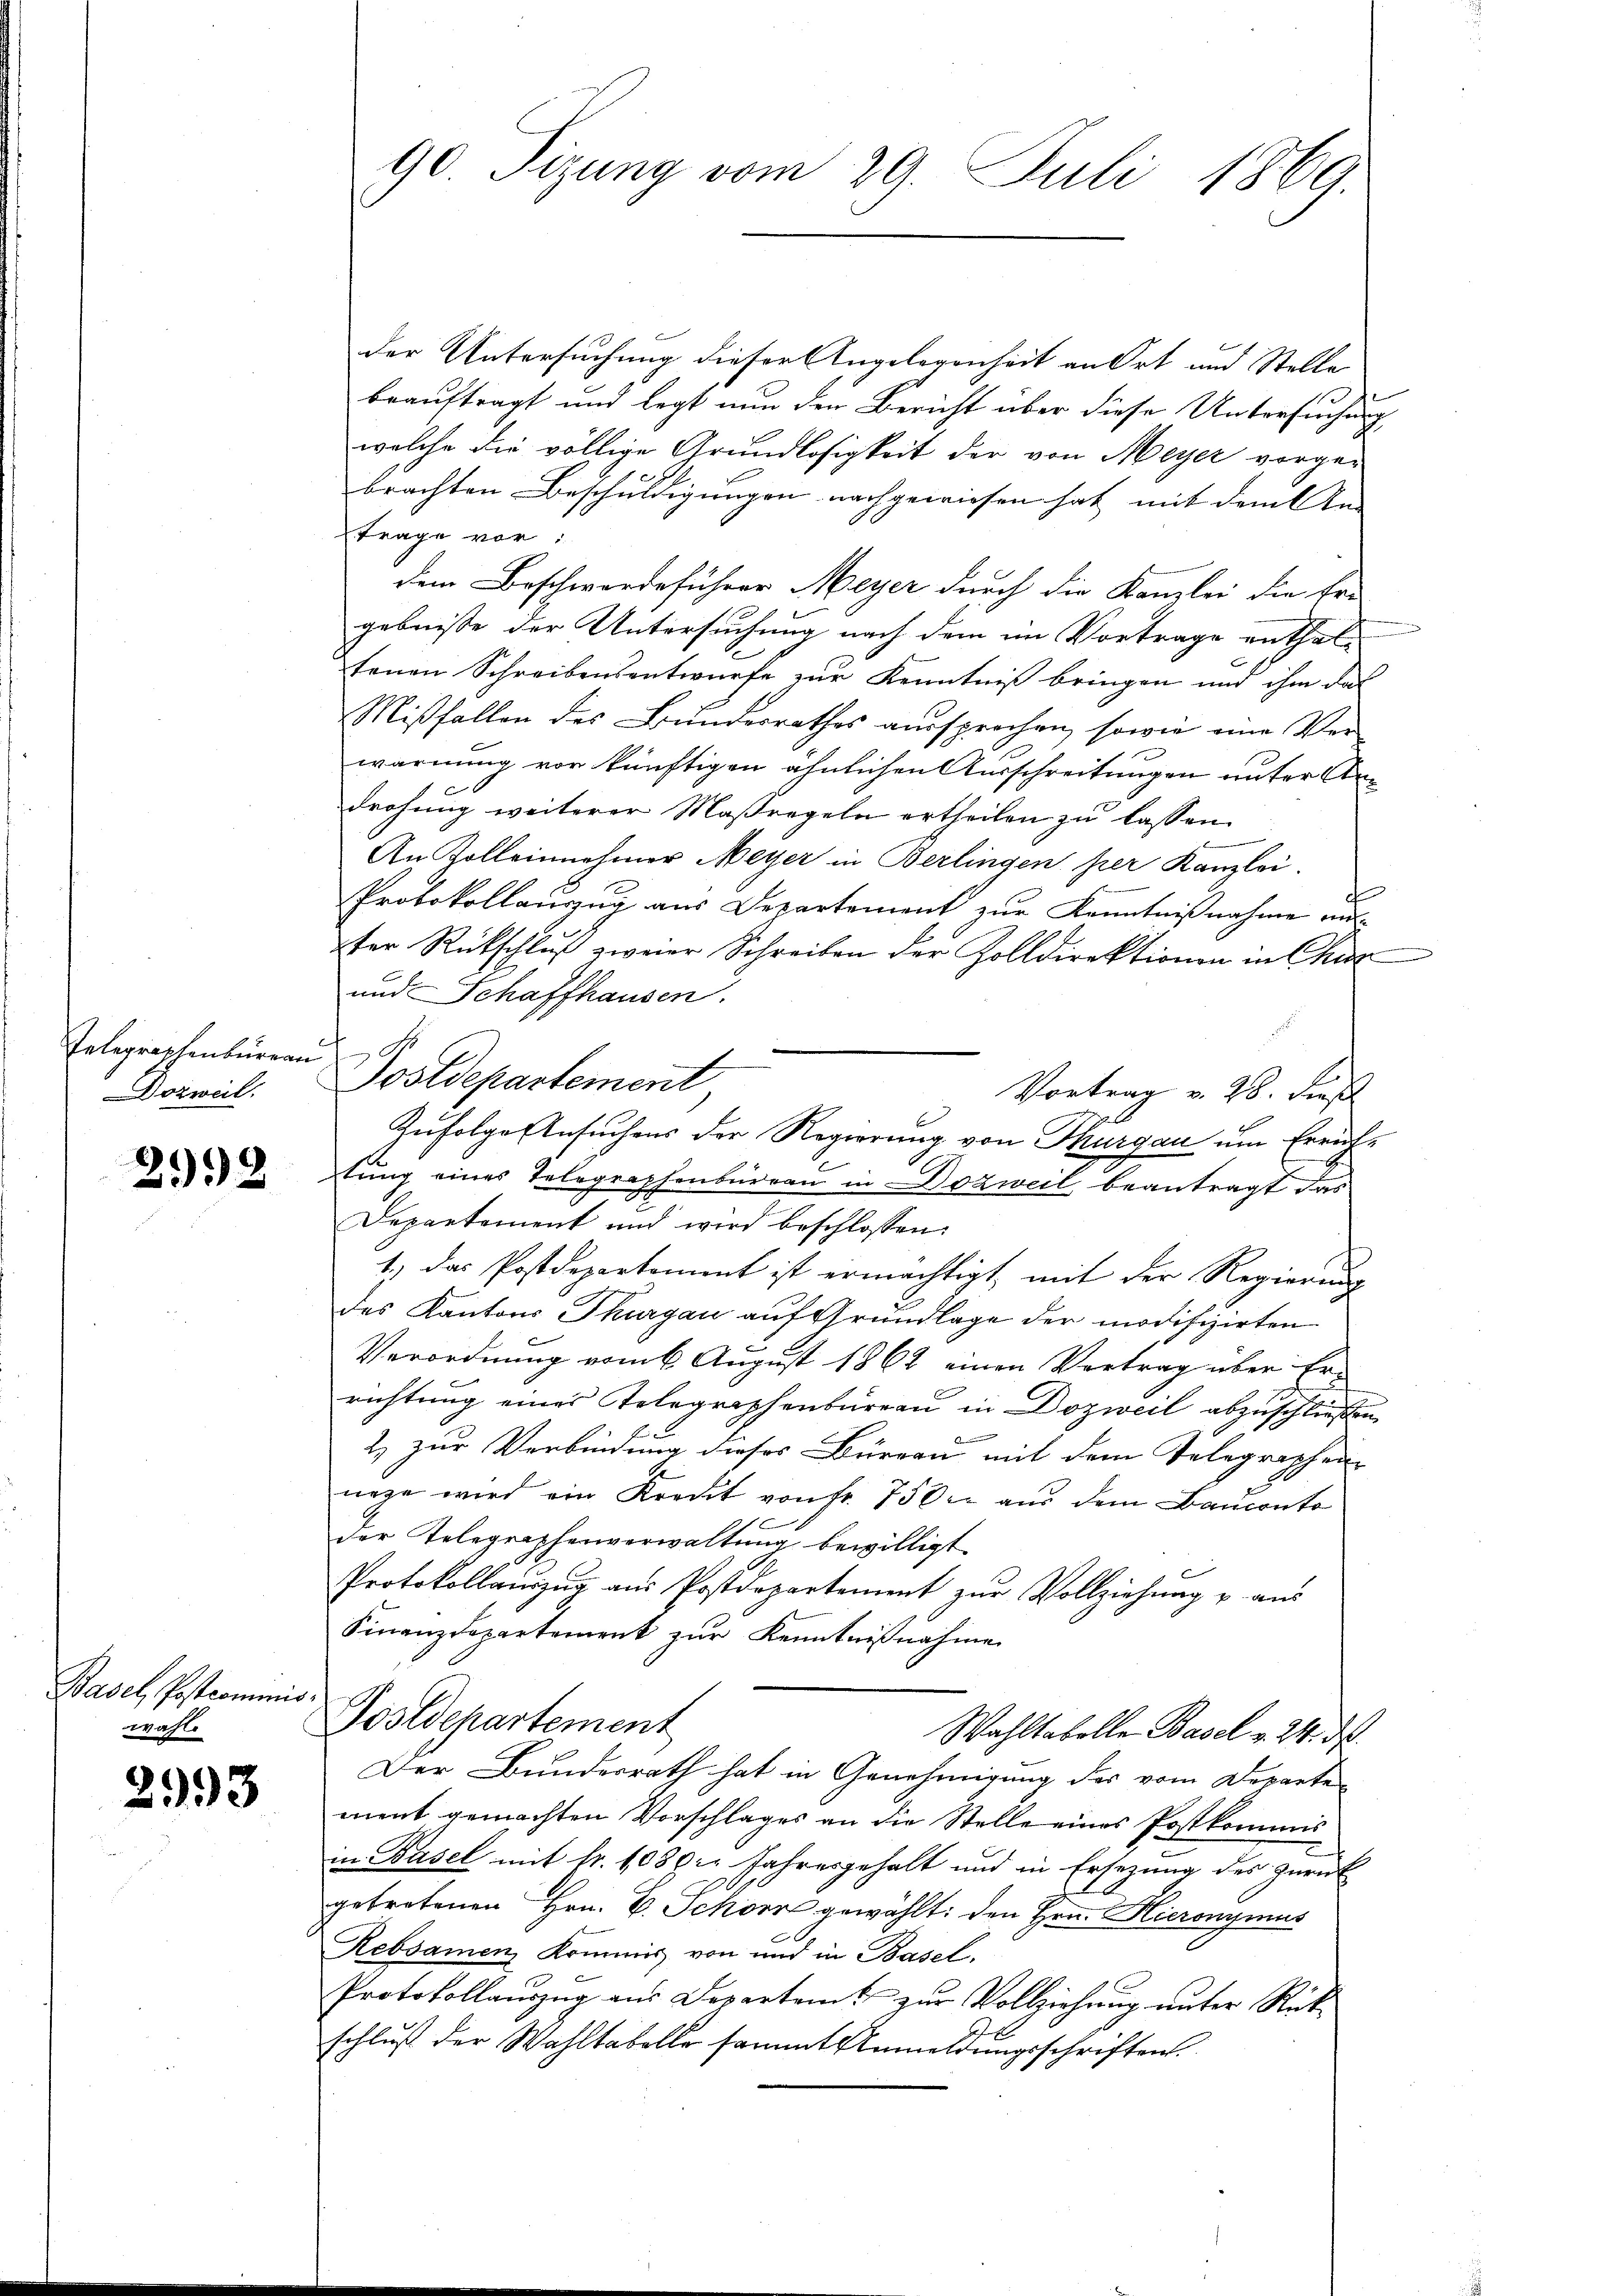
Telegraphenbürgen S
orweil.

2992

Basel, Postcommiswahl

2993

der Untersuchung dieser Angelegenheit an Ort und Stelle
beauftragt und legt nun den Bericht über diese Untersuchung
welche die völlige Grundlosigkeit der von Meyer vorgebrachten Beschuldigungen nachgewiesen hat mit dem An-
Trage vor:
dem Beschwerdeführer Meyer durch die Kanzlei die Er-
gebnisse der Untersuchung nach dem im Vortrage enthaltenen Schreibensentwurfe zur Kenntniß bringen und ihm das
Mißfallen des Bundesrathes aussprechen, sowie eine Ver-
warnung vor künftigen ähnlichen Ausschreitungen unter Anb
drohung weiterer Maßregeln ertheilen zu lassen.
An Zolleinnehmer Meyer in Berlingen per Kanzlei.
f
Protokollauszug aus Departement zur Kenntnißnahme auster Rückschlŭβ zweier Schreiben der Zolldirektionen in Chur
und Schaffhausen.
Postdepartement
Vortrag v. 26. dies
A
tung eines Telegraphenbüreau in Dozweil beantragt das
Departement und wird beschlossen:
t. das Postdepartoment ist ermächtigt mit der Regierŭng
des Kantons Thurgau auf Grundlage der modifizirten
Verordnung vom 6 August 1862 einen Vertrag über Errichtung eines Telegraphenbureau in Dozweil abzuschließen
2) zur Verbindung dieses Büreau mit dem Telegraphen-
nege wird ein Kreut von Fr. 750 aus dem Bauconto
Der Telegraphenverwaltung bewilligt.
Protokollanzŭg aŭs Postdepartement zŭr Vollziehung u aŭs
Finanzdepartement zŭr Kenntnißnahme
Postdepartement
Wahltabelle Basel v. 24. ds.
Der Bundesrath hat in Genehmigung der vom Departe
ment gemachten Vorschlages an die Stelle eines Postkommis
in Basel mit fr. 1080. Jahresgehalt und in Ersezung des zurück
getretenen Hrn. V. Schön gewählt: den Hrn. Hieronymus
Rebsamen, Kommis von und in Basel,
Protokollaŭszŭg aŭs Departamt zŭr Vollziehŭng ŭnter Rück-
schluß der Wahltabelle sammt Anmeldungsschriften.

90 Tizung vom 29. Juli 1869.

Zufolge Ansuchens der Regierung von Thurgau um Errich¬